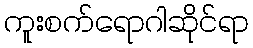
ကူးစက်ရောဂါဆိုင်ရာ